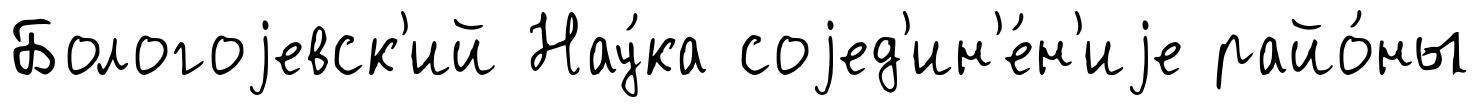
Бологоjевск'ий Нау́ка соjед'ин'е́н'иjе райо́ны